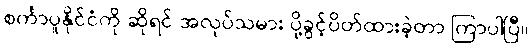
စင်္ကာပူနိုင်ငံကို ဆိုရင် အလုပ်သမား ပို့ခွင့်ပိတ်ထားခဲ့တာ ကြာပါပြီ။